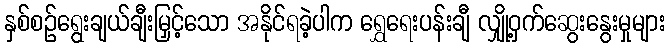
နှစ်စဉ်ရွေးချယ်ချီးမြှင့်သော အနိုင်ရခဲ့ပါက ရွှေရေးပန်းချီ လျှို့ဝှက်ဆွေးနွေးမှုများ